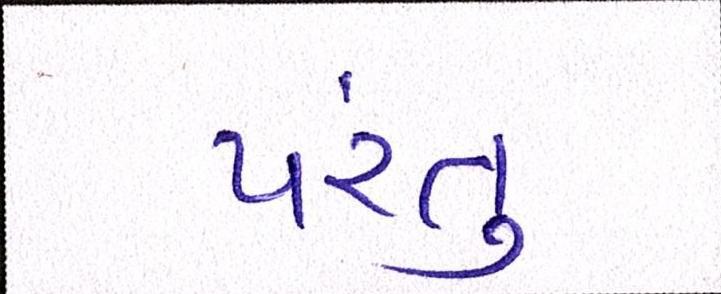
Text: પંરતુ